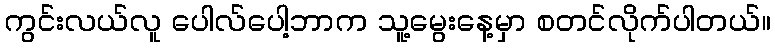
ကွင်းလယ်လူ ပေါလ်ပေါ့ဘာက သူ့မွေးနေ့မှာ စတင်လိုက်ပါတယ်။